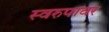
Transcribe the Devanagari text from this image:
स्वरुपावर